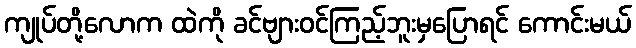
ကျုပ်တို့လောက ထဲကို ခင်ဗျားဝင်ကြည့်ဘူးမှပြောရင် ကောင်းမယ်